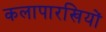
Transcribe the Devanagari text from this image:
कलापारखियों